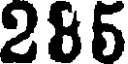
285